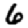
Digit: 6